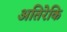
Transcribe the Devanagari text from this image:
अतिरेकि